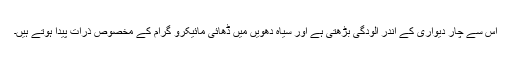
اس سے چار دیواری کے اندر آلودگی بڑھتی ہے اور سیاہ دھویں میں ڈھائی مائیکرو گرام کے مخصوص ذرات پیدا ہوتے ہیں۔